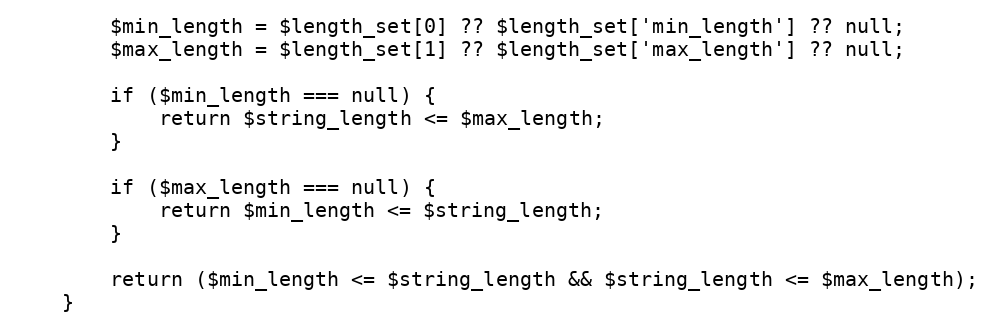
Language: PHP
		$min_length = $length_set[0] ?? $length_set['min_length'] ?? null;
		$max_length = $length_set[1] ?? $length_set['max_length'] ?? null;

		if ($min_length === null) {
			return $string_length <= $max_length;
		}

		if ($max_length === null) {
			return $min_length <= $string_length;
		}

		return ($min_length <= $string_length && $string_length <= $max_length);
	}